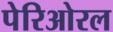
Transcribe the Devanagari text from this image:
पेरिओरल